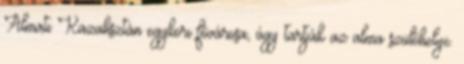
Almati Kazahsztán egykori fővárosa, úgy tartják az alma szülőhelye.